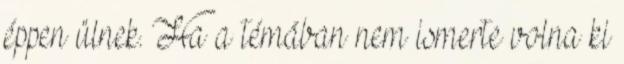
éppen ülnek. Ha a témában nem ismerte volna ki